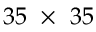
3 5 ~ \times ~ 3 5